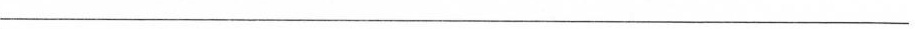
___